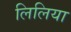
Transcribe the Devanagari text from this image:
लिलिया